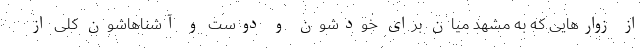
از زوارهایی که به مشهد میان برای خودشون و دوست و آشناهاشون کلی از